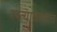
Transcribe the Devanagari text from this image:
रस्त्यावरुनच